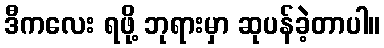
ဒီကလေး ရဖို့ ဘုရားမှာ ဆုပန်ခဲ့တာပါ။